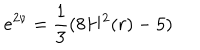
LaTeX: e ^ { 2 \nu } = \frac { 1 } { 3 } ( 8 H ^ { 2 } ( r ) - 5 )